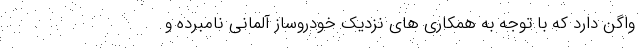
واگن دارد که با توجه به همکاری های نزدیک خودروساز آلمانی نامبرده و